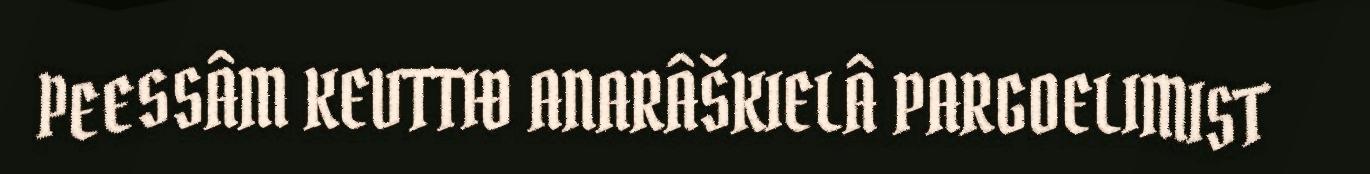
PEESSÂM KEVTTIĐ ANARÂŠKIELÂ PARGOELIMIST